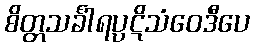
စိတ္တသင်္ခါရပ္ပဋိသံဝေဒီပေ